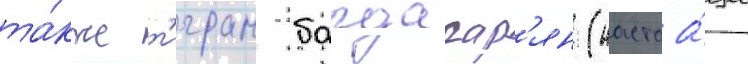
та́кже т'игран багдасар'ян (настоа́щее